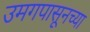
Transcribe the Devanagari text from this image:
उमगपासूनच्या